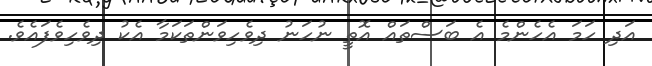
އަދި ހަމަ އެހެންމެ އެ ބަސްތައް އޮތީ ނުހަނު ދިވެހިވަންތަކަމާ އެކު ދިވެހިވެފައެވެ.